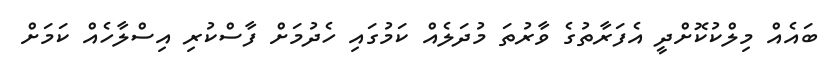
ބައެއް މިލްކުކޮށްދީ އެފަރާތުގެ ވާރުތަ މުދަލެއް ކަމުގައި ހެދުމަށް ފާސްކުރި އިސްލާހެއް ކަމަށް